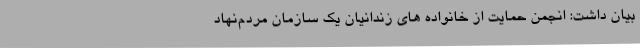
بیان داشت: انجمن حمایت از خانواده های زندانیان یک سازمان مردم‌نهاد